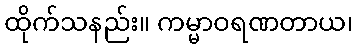
ထိုက်သနည်း။ ကမ္မာဝရဏတာယ၊